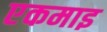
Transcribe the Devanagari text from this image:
एकमाइ